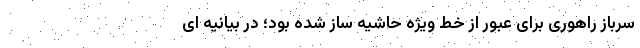
سرباز راهوری برای عبور از خط ویژه حاشیه ساز شده بود؛ در بیانیه ای